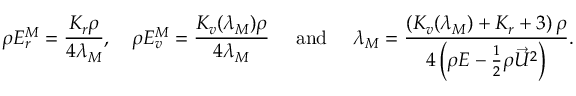
\rho E _ { r } ^ { M } = \frac { K _ { r } \rho } { 4 \lambda _ { M } } , \quad \rho E _ { v } ^ { M } = \frac { K _ { v } ( \lambda _ { M } ) \rho } { 4 \lambda _ { M } } \quad { \mathrm { ~ a n d ~ } } \quad { \lambda _ { M } } = \frac { \left( K _ { v } ( \lambda _ { M } ) + K _ { r } + 3 \right) \rho } { 4 \left( \rho E - \frac { 1 } { 2 } \rho { \vec { U } } ^ { 2 } \right) } .